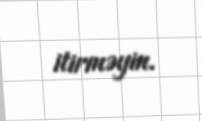
itirməyin.